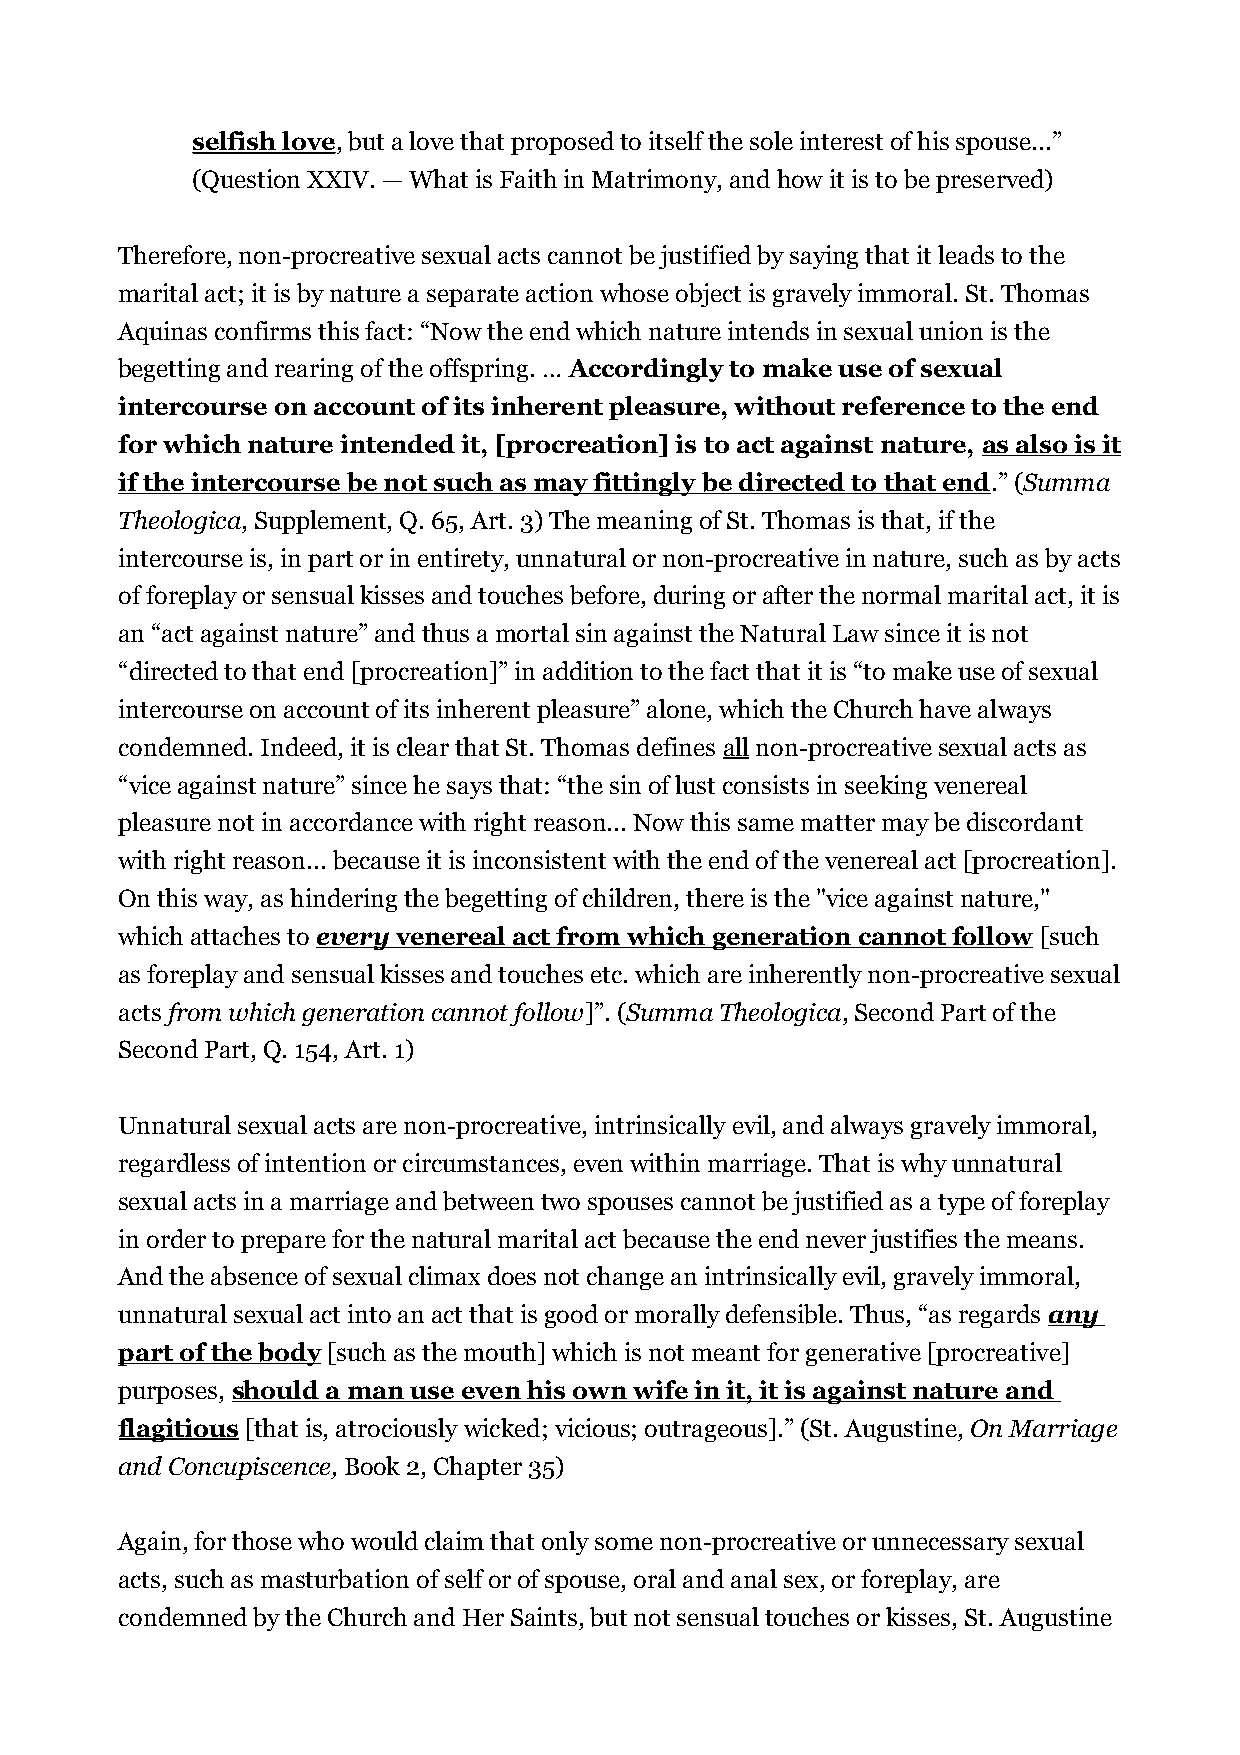
selfish love, but a love that proposed to itself the sole interest of his spouse...”
 (Question XXIV. — What is Faith in Matrimony, and how it is to be preserved)
 Therefore, non-procreative sexual acts cannot be justified by saying that it leads to the
 marital act; it is by nature a separate action whose object is gravely immoral. St. Thomas
 Aquinas confirms this fact: “Now the end which nature intends in sexual union is the
 begetting and rearing of the offspring. … Accordingly to make use of sexual
 intercourse on account of its inherent pleasure, without reference to the end
 for which nature intended it, [procreation] is to act against nature, as also is it
 if the intercourse be not such as may fittingly be directed to that end.” (Summa
 Theologica, Supplement, Q. 65, Art. 3) The meaning of St. Thomas is that, if the
 intercourse is, in part or in entirety, unnatural or non-procreative in nature, such as by acts
 of foreplay or sensual kisses and touches before, during or after the normal marital act, it is
 an “act against nature” and thus a mortal sin against the Natural Law since it is not
 “directed to that end [procreation]” in addition to the fact that it is “to make use of sexual
 intercourse on account of its inherent pleasure” alone, which the Church have always
 condemned. Indeed, it is clear that St. Thomas defines all non-procreative sexual acts as
 “vice against nature” since he says that: “the sin of lust consists in seeking venereal
 pleasure not in accordance with right reason... Now this same matter may be discordant
 with right reason... because it is inconsistent with the end of the venereal act [procreation].
 On this way, as hindering the begetting of children, there is the "vice against nature,"
 which attaches to every venereal act from which generation cannot follow [such
 as foreplay and sensual kisses and touches etc. which are inherently non-procreative sexual
 acts from which generation cannot follow]”. (Summa Theologica, Second Part of the
 Second Part, Q. 154, Art. 1)
 Unnatural sexual acts are non-procreative, intrinsically evil, and always gravely immoral,
 regardless of intention or circumstances, even within marriage. That is why unnatural
 sexual acts in a marriage and between two spouses cannot be justified as a type of foreplay
 in order to prepare for the natural marital act because the end never justifies the means.
 And the absence of sexual climax does not change an intrinsically evil, gravely immoral,
 unnatural sexual act into an act that is good or morally defensible. Thus, “as regards any
 part of the body [such as the mouth] which is not meant for generative [procreative]
 purposes, should a man use even his own wife in it, it is against nature and
 flagitious [that is, atrociously wicked; vicious; outrageous].” (St. Augustine, On Marriage
 and Concupiscence, Book 2, Chapter 35)
 Again, for those who would claim that only some non-procreative or unnecessary sexual
 acts, such as masturbation of self or of spouse, oral and anal sex, or foreplay, are
 condemned by the Church and Her Saints, but not sensual touches or kisses, St. Augustine